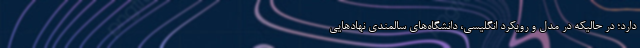
دارد؛ در حالیکه در مدل و رویکرد انگلیسی، دانشگاه‌های سالمندی نهادهایی